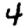
Digit: 4